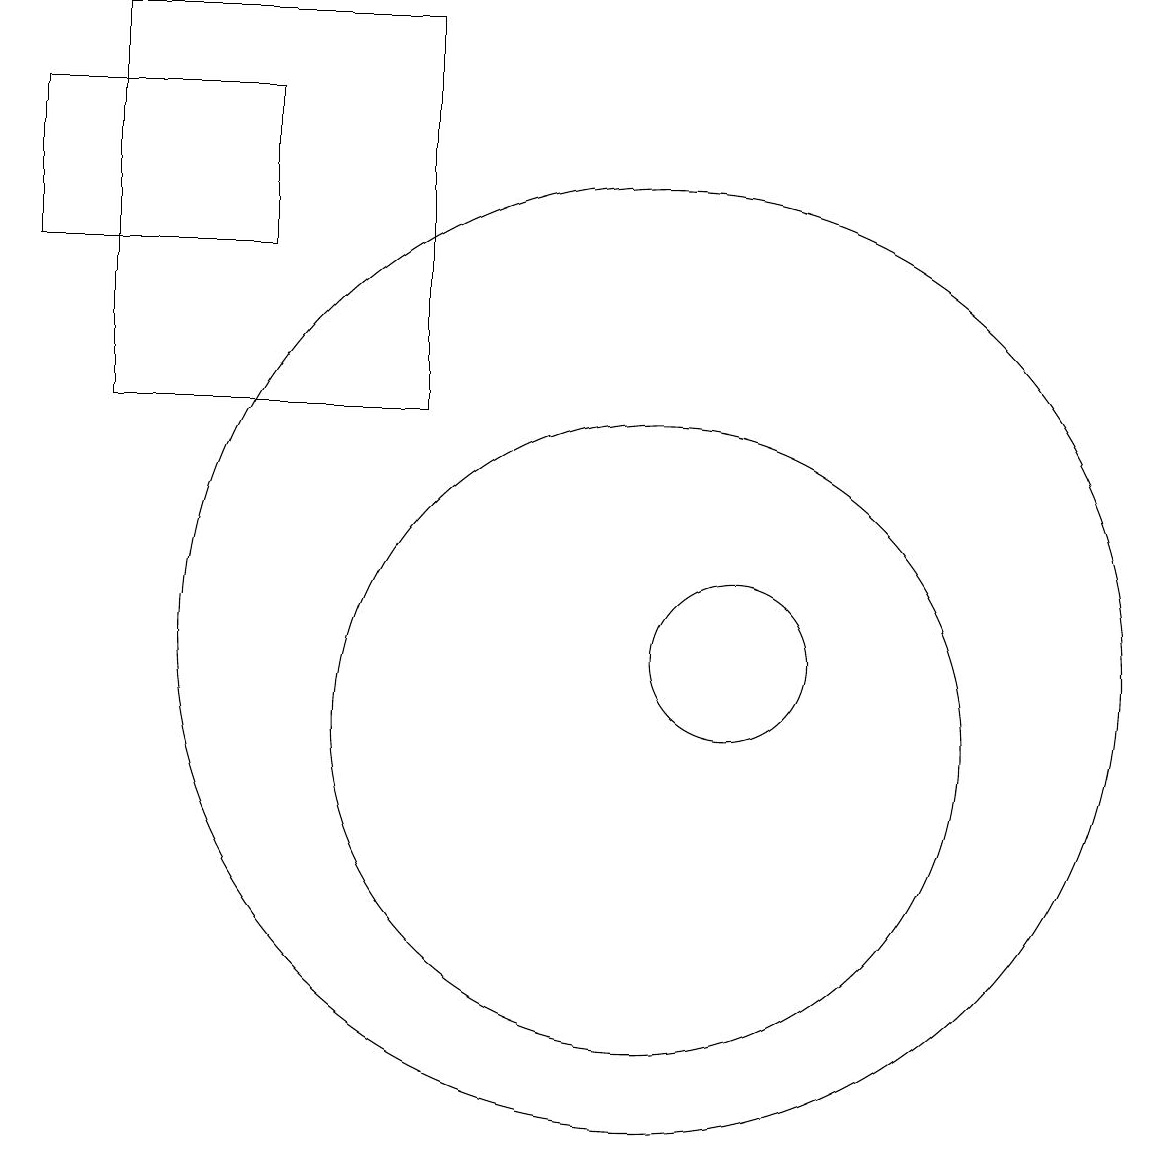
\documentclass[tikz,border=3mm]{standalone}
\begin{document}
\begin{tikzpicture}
\draw (7,19) rectangle (3,14);
\draw (11,11) circle (1);
\draw (2,16) rectangle (5,18);
\draw (10,10) circle (4);
\draw (10,11) circle (6);
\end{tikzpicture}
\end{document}